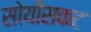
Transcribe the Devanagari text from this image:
सोयींसकट